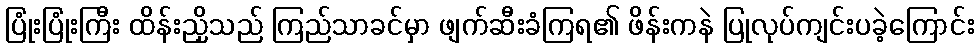
ပြုံးပြုံးကြီး ထိန်းညှိသည် ကြည်သာခင်မှာ ဖျက်ဆီးခံကြရ၏ ဖိန်းကနဲ ပြုလုပ်ကျင်းပခဲ့ကြောင်း